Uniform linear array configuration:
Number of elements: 32
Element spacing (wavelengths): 0.25
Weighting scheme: cosine
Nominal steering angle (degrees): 60
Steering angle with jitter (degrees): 58.633
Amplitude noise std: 0.05
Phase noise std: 0.05

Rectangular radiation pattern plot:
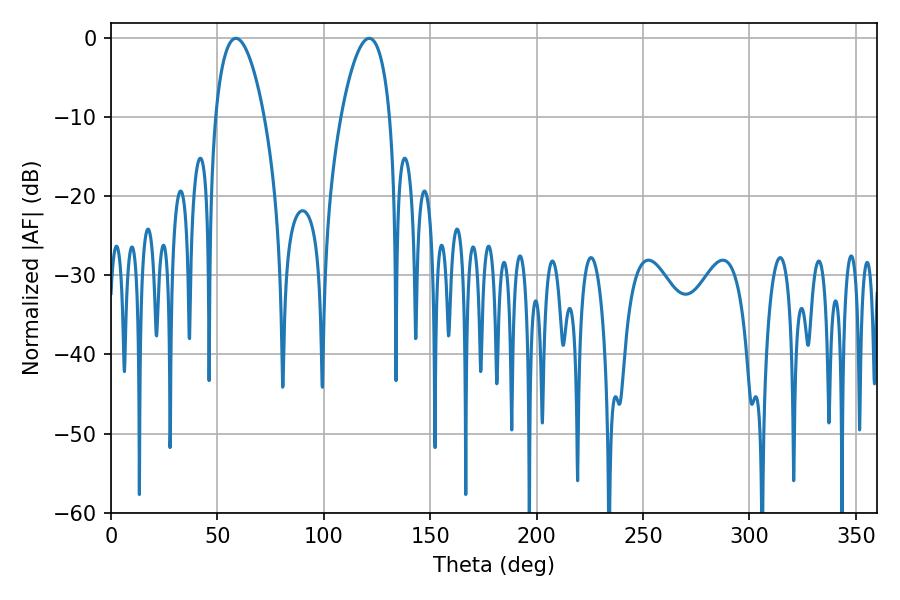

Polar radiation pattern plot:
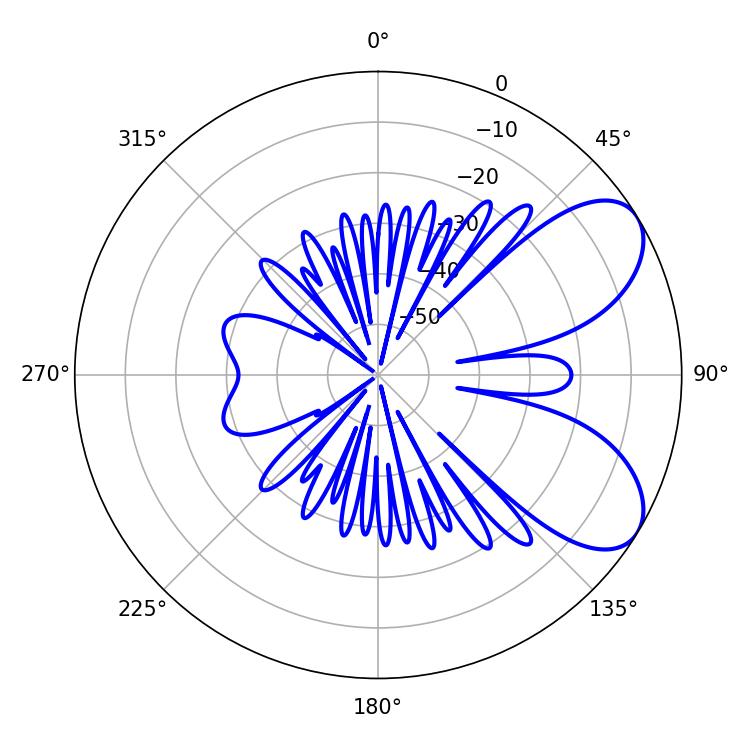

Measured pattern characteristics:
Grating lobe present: FALSE
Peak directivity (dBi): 6.858
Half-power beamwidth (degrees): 12.78
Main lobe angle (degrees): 58.68